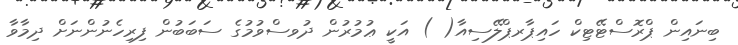
ބިނައިން ޕްރޮސްޓޭޓިކް ހައިޕާރޕްލޭސިއާ( ) އަކީ ޢުމުރުން ދުވސްވުމުގެ ސަބަބުން ފިރިހެނުންނަށް ދިމާވާ